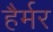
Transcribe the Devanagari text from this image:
हैर्मर